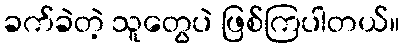
ခက်ခဲတဲ့ သူတွေပဲ ဖြစ်ကြပါတယ်။